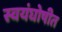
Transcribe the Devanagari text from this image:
स्वयंघोषीत